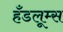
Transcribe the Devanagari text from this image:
हँडलूम्स